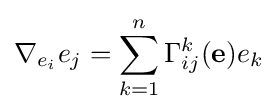
\nabla _{e_{i}}e_{j}=\sum _{k=1}^{n}\Gamma _{ij}^{k}(\mathbf {e} )e_{k}